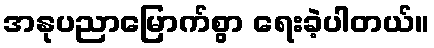
အနုပညာမြောက်စွာ ရေးခဲ့ပါတယ်။